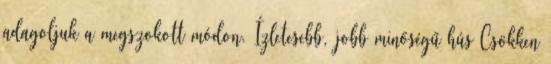
adagoljuk a megszokott módon. Ízletesebb, jobb minőségű hús Csökken